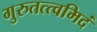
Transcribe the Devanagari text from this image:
गुरुतत्त्वमिदं